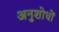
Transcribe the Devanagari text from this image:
अनुशोधों